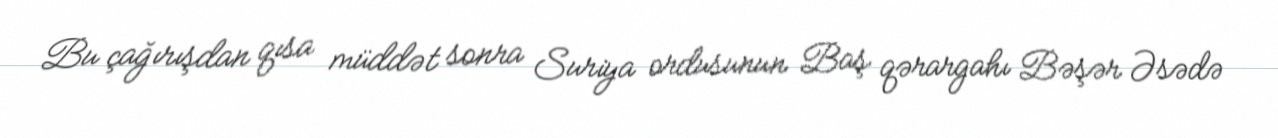
Bu çağırışdan qısa müddət sonra Suriya ordusunun Baş qərargahı Bəşər Əsədə